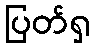
ပြတ်ရှ